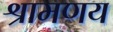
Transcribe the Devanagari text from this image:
श्रामणय